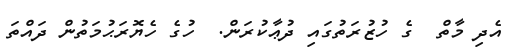
އެދި މާތް  ގެ ހުޒުރަތުގައި ދުޢާކުރަން.  ހުގެ ހެޔޮރަޙުމަތުން ދައްތަ